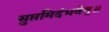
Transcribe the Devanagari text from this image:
सुप्तमिदंभवेत्॥